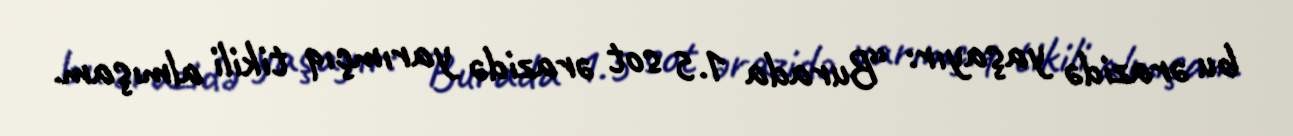
bu ərazidə yaşayır: “Burada 1.5 sot ərazidə yarımçıq tikili almışam.